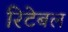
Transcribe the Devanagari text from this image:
रिटेबल